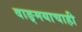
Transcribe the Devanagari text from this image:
वाङ्मयाचाही